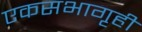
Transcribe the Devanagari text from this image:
एकसभागृही